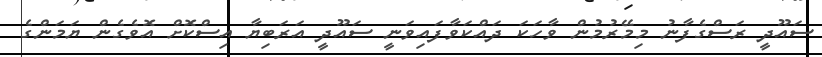
ސައޫދީ ރަސްގެފާނު މިމޭރުމުން ވާހަކަ ދައްކަވާފައިވަނީ ސައޫދީ އަރަބިޔާ އިސްކޮށް އޮވެގެން ޔަމަންގެ